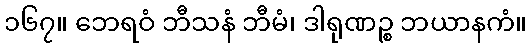
၁၆၇။ ဘေရဝံ ဘီသနံ ဘီမံ၊ ဒါရုဏဉ္စ ဘယာနကံ။